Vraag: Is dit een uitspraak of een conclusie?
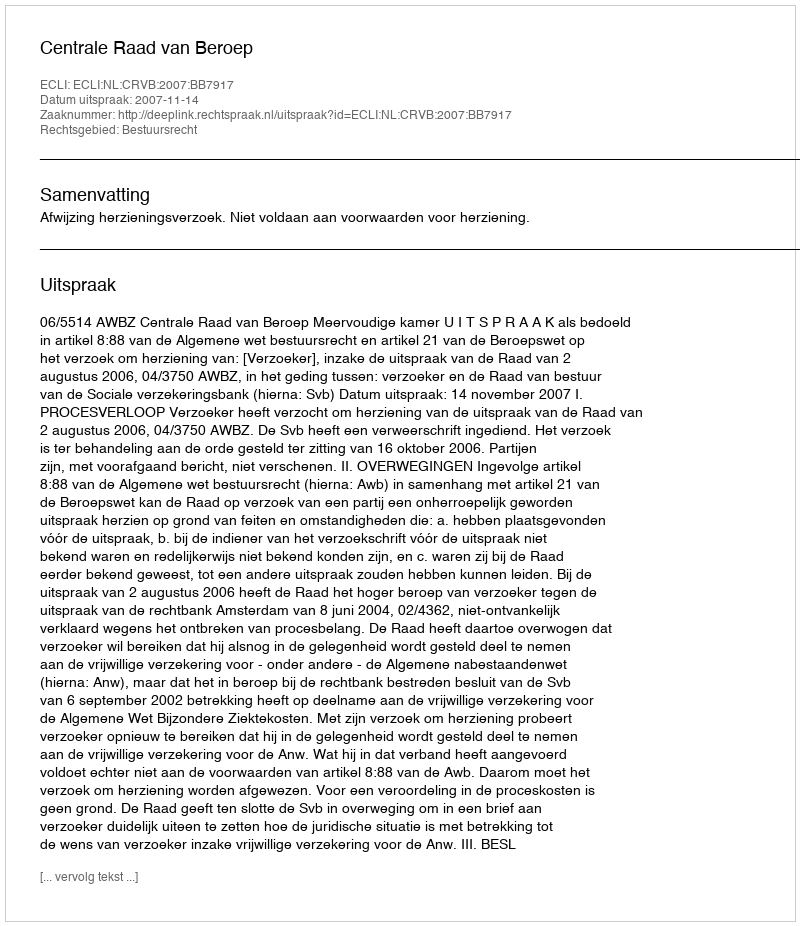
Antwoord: Uitspraak